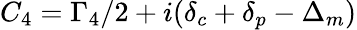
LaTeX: {C_{4}}={\Gamma_{4}}/2+i({\delta_{c}}+{\delta_{p}}-{\Delta_{m}})